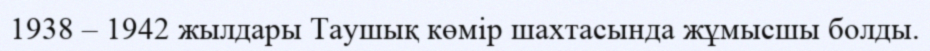
1938 – 1942 жылдары Таушық көмір шахтасында жұмысшы болды.